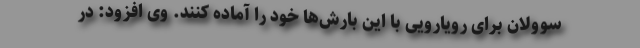
سوولان برای رویارویی با این بارش‌ها خود را آماده کنند. وی افزود: در